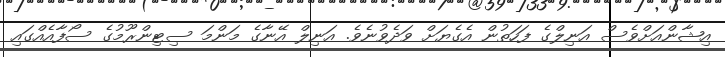
އިޝާންއަށްވެސް އަނިލްގެ ފަހަތުން އެގެޔަށް ވަދެވުނެވެ. އަނިލް އޭނާގެ މަންމަ ސިޓިންރޫމުގެ ސޯފާއެއްގައި